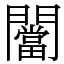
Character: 闣